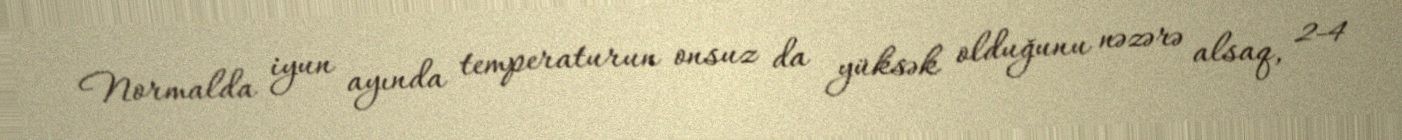
Normalda iyun ayında temperaturun onsuz da yüksək olduğunu nəzərə alsaq, 2-4